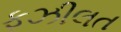
ફઝીલત